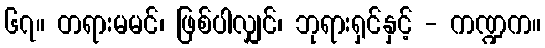
၆၇။ တရားမမင်၊ ဖြစ်ပါလျှင်၊ ဘုရားရှင်နှင့် - ကဏ္ဍက။